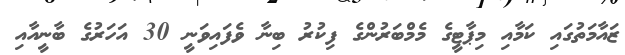
ޒައާމަތުގައި ކަމާއި މިޕާޓީގެ މެމްބަރުންގެ ފިކުރު ބިނާ ވެފައިވަނީ 30 އަހަރުގެ ބާނީއާއި